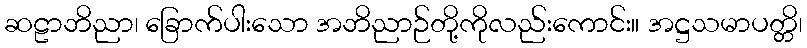
ဆဠာဘိညာ၊ ခြောက်ပါးသော အဘိညာဉ်တို့ကိုလည်းကောင်း။ အဋ္ဌသမာပတ္တိ၊